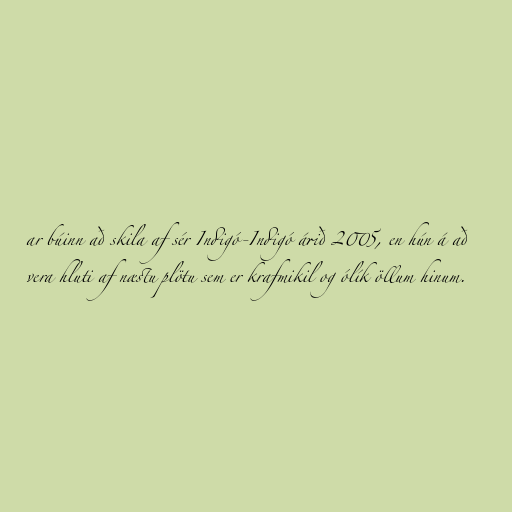
ar búinn að skila af sér Indigó-Indigó árið 2005, en hún á að
vera hluti af næstu plötu sem er krafmikil og ólík öllum hinum.